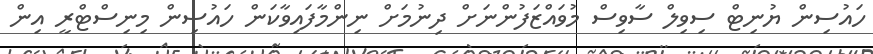
ހައުސިން ޔުނިޓް ސިވިލް ސާވިސް މުވައްޒަފުންނަށް ދިނުމަށް ނިންމާފައިވާކަން ހައުސިން މިނިސްޓްރީ އިން